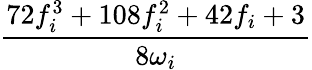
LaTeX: \frac{72f_{i}^{3}+108f_{i}^{2}+42f_{i}+3}{8\omega_{i}}